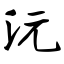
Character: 沅